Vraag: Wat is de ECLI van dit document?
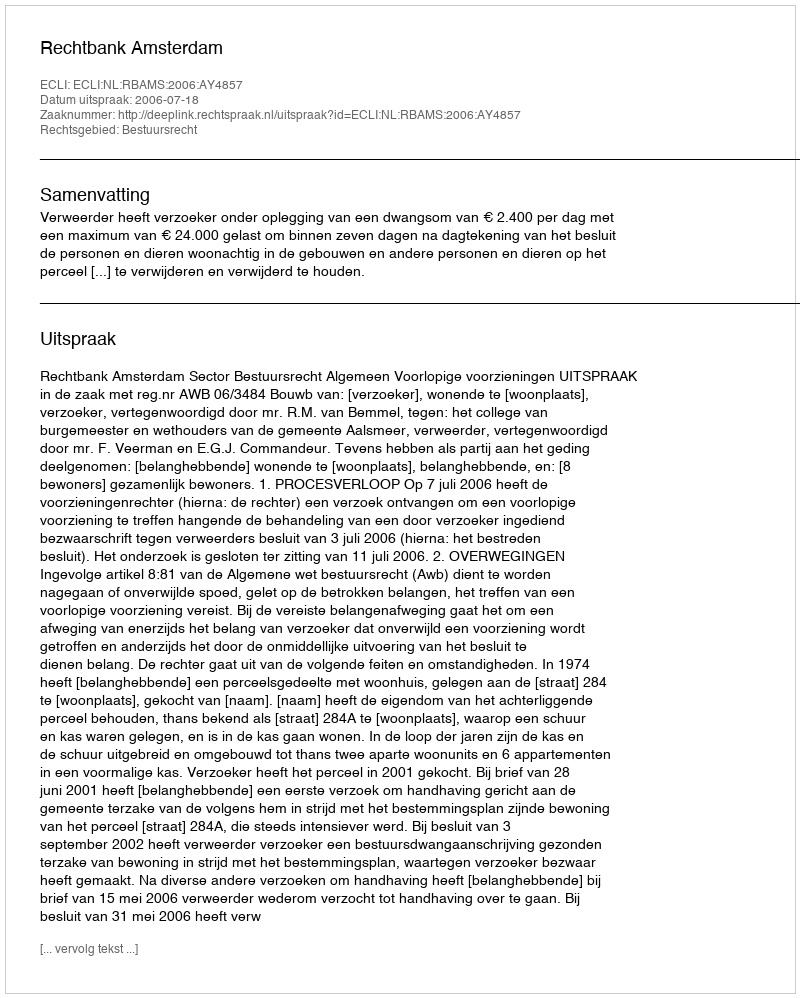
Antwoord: ECLI:NL:RBAMS:2006:AY4857